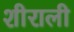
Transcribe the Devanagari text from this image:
शीराली